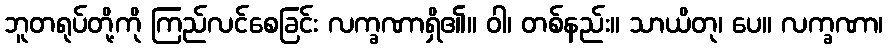
ဘူတရုပ်တို့ကို ကြည်လင်စေခြင်း လက္ခဏာရှိ၏။ ဝါ၊ တစ်နည်း။ သာယိတု၊ ပေ။ လက္ခဏာ၊